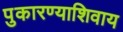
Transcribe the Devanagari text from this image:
पुकारण्याशिवाय